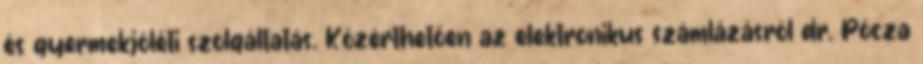
és gyermekjóléti szolgáltatás. Közérthetően az elektronikus számlázásról dr. Pócza